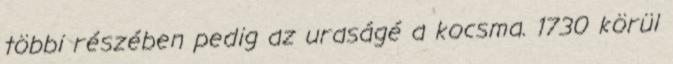
többi részében pedig az uraságé a kocsma. 1730 körül